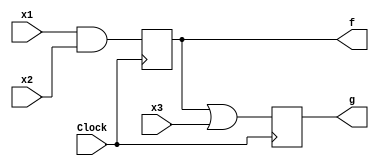
/* pg 393 - logic with DFF */

module bm_DL_logic_w_Dff(x1, x2, x3, Clock, f, g);
	input x1, x2, x3, Clock;
	output f, g;
	reg f, g;
	
	always @(posedge Clock)
	begin
		f <= x1 & x2;
		g <= f | x3;
	end
	
endmodule